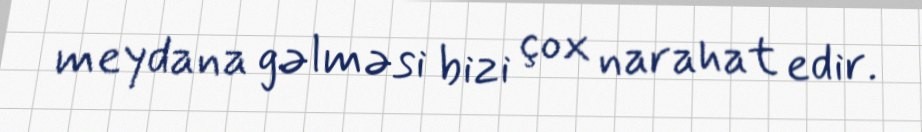
meydana gəlməsi bizi çox narahat edir.